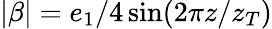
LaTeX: |\beta|=e_{1}/4\sin(2\pi z/z_{T})